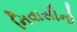
નિવાસીનો